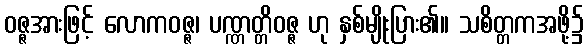
ဝဇ္ဇအားဖြင့် လောကဝဇ္ဇ၊ ပဏ္ဏတ္တိဝဇ္ဇ ဟု နှစ်မျိုးပြား၏။ သစိတ္တကအဖို့၌